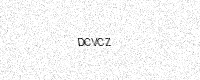
Text: DCVCZ